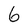
Character: 6